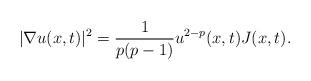
LaTeX: \begin{align*}|\nabla u(x,t)|^{2}=\frac{1}{p(p-1)}u^{2-p}(x,t)J(x,t).\end{align*}